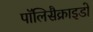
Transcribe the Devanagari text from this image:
पॉलिसैक्राइडो